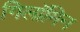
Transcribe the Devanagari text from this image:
गिलॉमिन